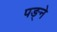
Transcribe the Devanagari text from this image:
पङ्ने